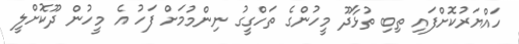
ހައްޔަރުކޮށްފައި ތިބި ތުޅާދޫ މީހުންގެ ތަހްގީގު ނިންމުމަށް ފަހު އެ މީހުން ދޫކޮށްލީ